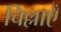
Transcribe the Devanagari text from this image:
चिल्लाएँ